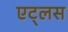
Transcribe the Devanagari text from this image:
एट्लस